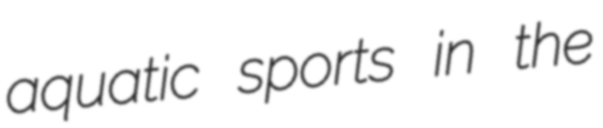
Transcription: aquatic sports in the